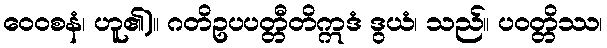
ဝေဝစနံ၊ ဟူ၏)။ ဂတိဥပပတ္တီတိဣဒံ ဒွယံ၊ သည်။ ပဝတ္တိဿ၊